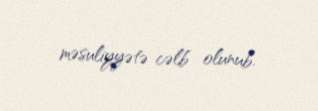
məsuliyyətə cəlb olunub.